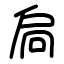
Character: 扃